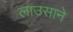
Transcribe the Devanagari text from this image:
लाउसाने